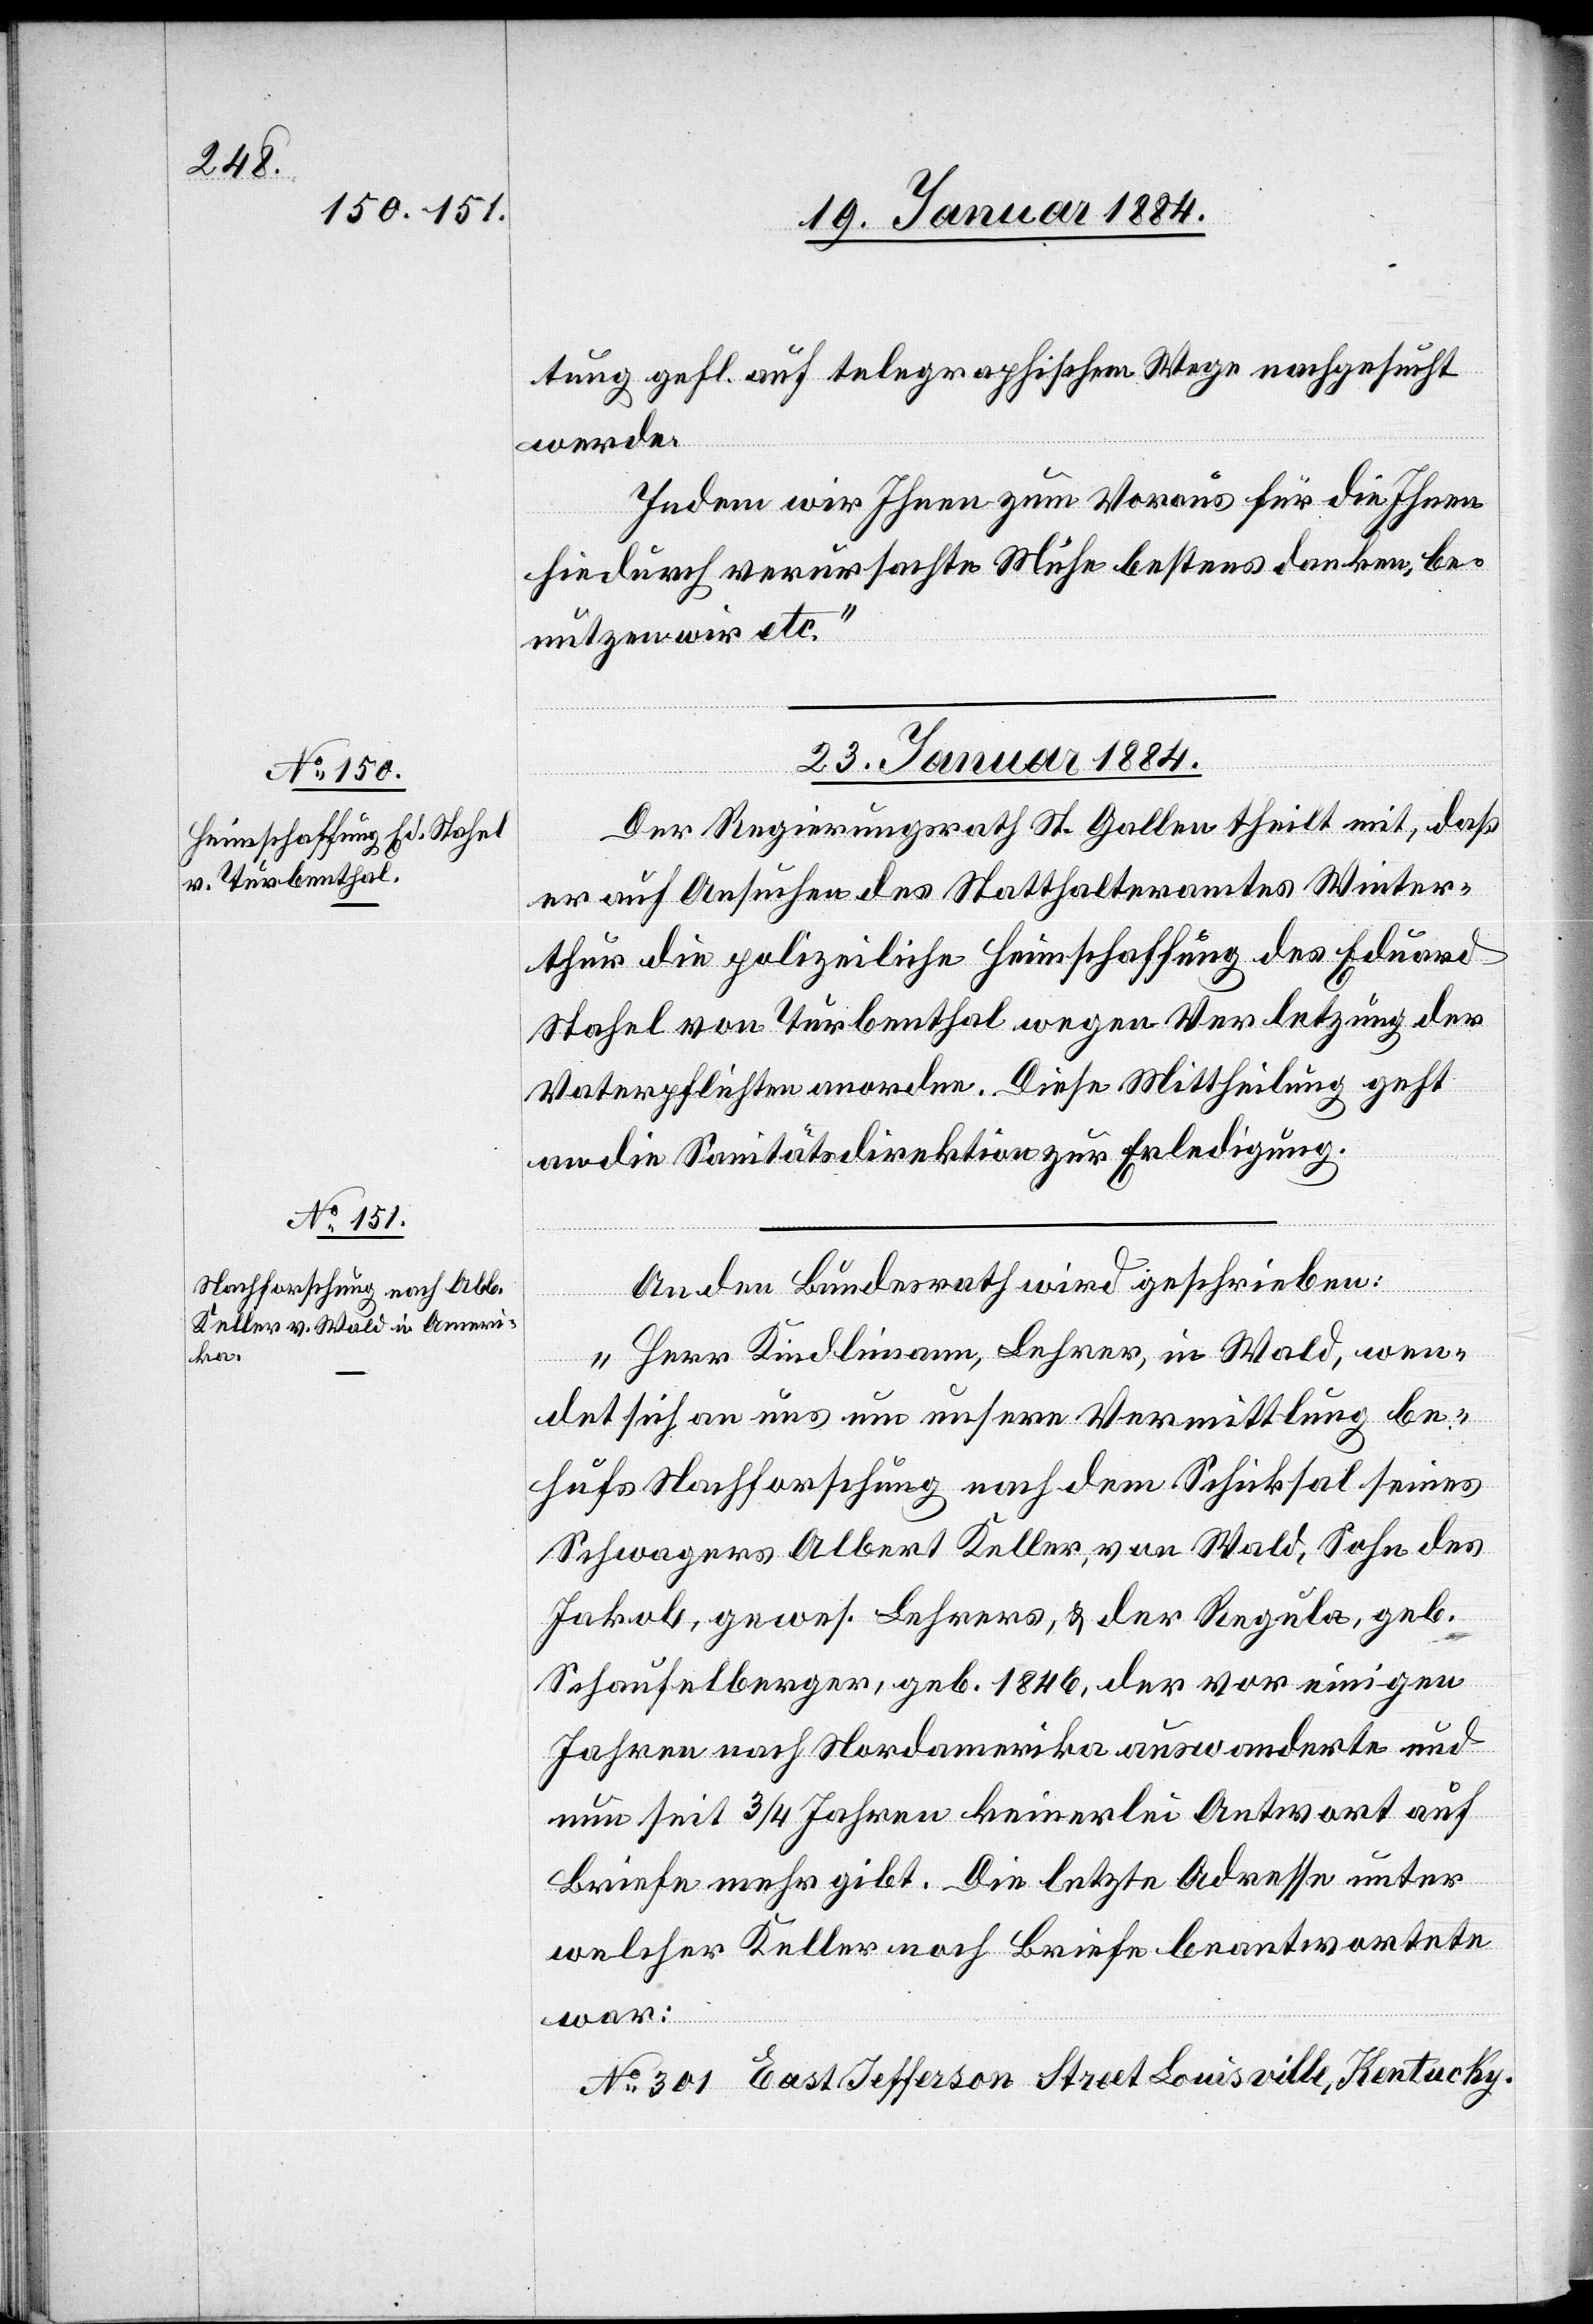
tung gefl. auf telegraphischem Wege nachgesucht
werde.
Indem wir Ihnen zum Voraus für die Ihnen
hiedurch verursachten Mühe bestens danken, be¬
nutzen wir etc.“
23. Januar 1884.]
Der Regierungsrath St. Gallen theilt mit, daß
er auf Ansuchen des Statthalteramtes Winter¬
thur die polizeiliche Heimschaffung des Eduard
Stahel von Turbenthal wegen Verletzung der
Vaterpflichten anordne. Diese Mittheilung geht
an die Sanitätsdirektion zur Erledigung.
An den Bundesrath wird geschrieben:
„Herr Kindlimann, Lehrer, in Wald, wen¬
det sich an uns um unsere Vermittlung be¬
hufs Nachforschung nach dem Schicksal seinen
Schwagers Alber Keller, von Wald, Sohn des
Jakob, gewes. Lehrers, & der Regula, geb.
Schaufelberger, geb. 1846, der vor einigen
Jahren nach Nordamerika auswanderte und
nun seit 3/4 Jahren keinerlei Antwort auf
Briefe mehr gibt. Die letzte Adresse unter
welcher Keller noch Briefe beantwortete
war:
No. 301 East Jefferson Street Louisville, Kentucky.